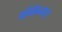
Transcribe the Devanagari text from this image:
फेंकेगा।